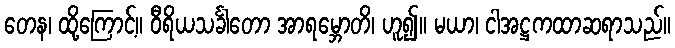
တေန၊ ထို့ကြောင့်။ ဝီရိယသင်္ခါတော အာရမ္ဘောတိ၊ ဟူ၍။ မယာ၊ ငါအဋ္ဌကထာဆရာသည်။